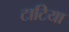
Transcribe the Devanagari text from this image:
टाटिया